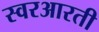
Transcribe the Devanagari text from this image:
स्वरआरती